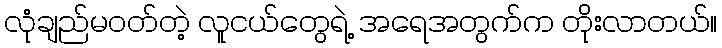
လုံချည်မဝတ်တဲ့ လူငယ်တွေရဲ့ အရေအတွက်က တိုးလာတယ်။